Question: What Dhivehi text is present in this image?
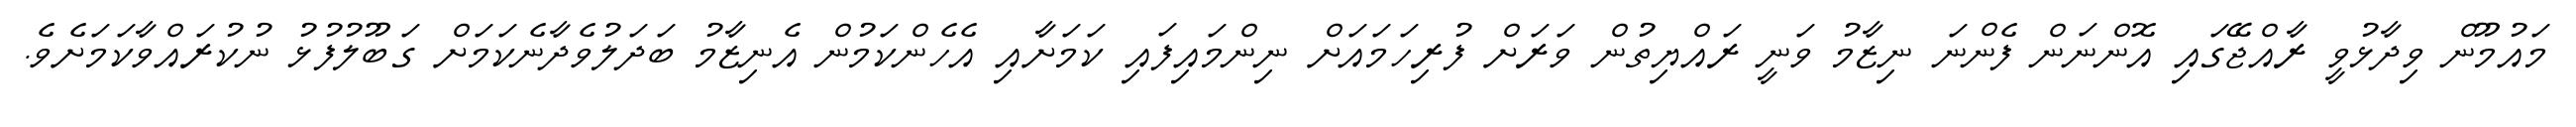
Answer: މައުމޫން ވިދާޅުވީ ރާއްޖޭގައި އޮންނަން ފެންނަ ނިޒާމު ވަނީ ރައްޔިތުން ވަރަށް ފުރިހަމައަށް ނިންމައިފައި ކަމަށާއި އެހެންކަމުން އެނިޒާމު ބަދަލުވެދާނެކަމަށް ގަބޫލުފުޅު ނުކުރައްވާކަމަށެވެ.